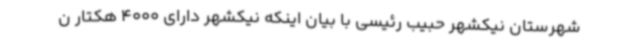
شهرستان نیکشهر حبیب رئیسی با بیان اینکه نیکشهر دارای 4000 هکتار ن